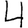
Digit: 4